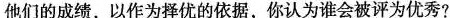
他们的成绩，以作为择优的依据，你认为谁会被评为优秀?